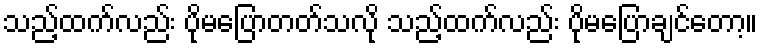
သည့်ထက်လည်း ပိုမပြောတတ်သလို သည့်ထက်လည်း ပိုမပြောချင်တော့။